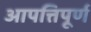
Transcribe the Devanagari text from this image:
आपत्तिपूर्ण